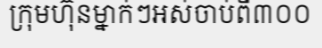
ក្រុមហ៊ុនម្នាក់ៗអស់ចាប់ពី៣០០